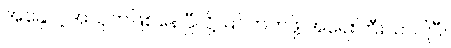
အနှောင့်အယှက်ဖြစ်နေပြီလို့ မြင်တတ်ဖို့ အရေးကြီးလာပါပြီ။